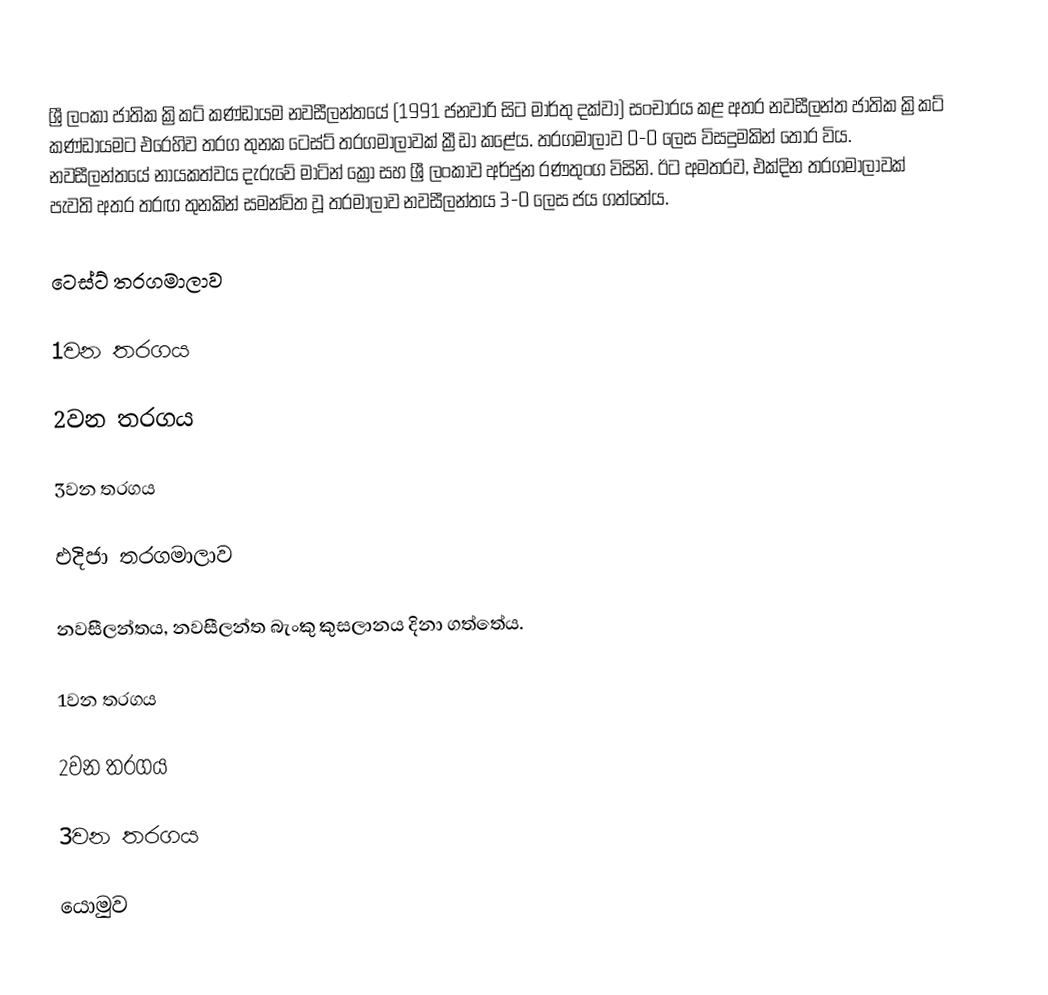
ශ්‍රී ලංකා ජාතික ක්‍රිකට් කණ්ඩායම නවසීලන්තයේ (1991 ජනවාරි සිට මාර්තු දක්වා) සංචාරය කළ අතර නවසීලන්ත ජාතික ක්‍රිකට් කණ්ඩායමට එරෙහිව තරග තුනක ටෙස්ට් තරගමාලාවක් ක්‍රීඩා කළේය. තරගමාලාව 0-0 ලෙස විසදුමකින් තොර විය. නවසීලන්තයේ නායකත්වය දැරුවේ මාටින් ක්‍රෝ සහ ශ්‍රී ලංකාව අර්ජුන රණතුංග විසිනි. ඊට අමතරව, එක්දින තරගමාලාවක් පැවති අතර තරඟ තුනකින් සමන්විත වූ තරමාලාව නවසීලන්තය 3-0 ලෙස ජය ගත්තේය.

ටෙස්ට් තරගමාලාව

1වන තරගය

2වන තරගය

3වන තරගය

එදිජා තරගමාලාව

නවසීලන්තය, නවසීලන්ත බැංකු කුසලානය දිනා ගත්තේය.

1වන තරගය

2වන තරගය

3වන තරගය

යොමුව